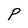
Character: P